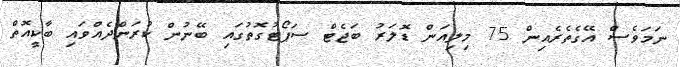
ނަމަވެސް އޭގެތެރެއިން 75 މިލިއަން ޑޮލަރު ބަޖެޓް ސަޕޯޓުގޮތުގައި ބޭނުން ކުރަންދެއްވައި ބާކީއޮތް